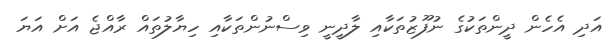
އަދި އެހެން ދީންތަކުގެ ނުފޫޒުތަކާއި ލާދީނީ ވިސްނުންތަކާއި ހިޔާލުތައް ރާއްޖެ އަށް އަޔަ